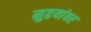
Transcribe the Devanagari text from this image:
मुद्दयांवर